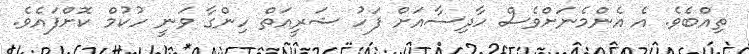
ތިއްބެވެ. އެ އެންމެނަށްވެސް ހާދިސާއަށް ފަހު ޝަރީއަތް ހިންގާ ވަނީ ހުކުމް ކޮށްފައެވެ.